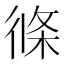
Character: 𭛹